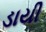
ડાયી